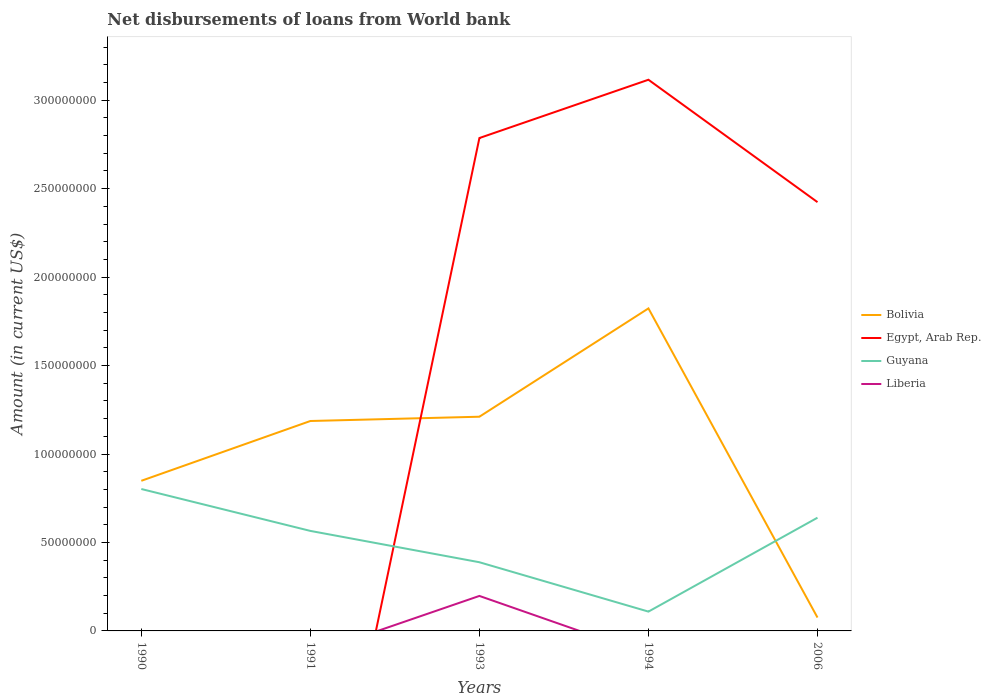
| Years | Bolivia | Egypt, Arab Rep. | Guyana | Liberia |
 | --- | --- | --- | --- | --- |
 | 1990 | 8.49e+07 | -9.08e+06 | 8.02e+07 | -1.2e+06 |
 | 1991 | 1.19e+08 | -1.76e+08 | 5.65e+07 | -1.31e+07 |
 | 1993 | 1.21e+08 | 2.79e+08 | 3.88e+07 | 1.98e+07 |
 | 1994 | 1.82e+08 | 3.12e+08 | 1.09e+07 | -1.36e+07 |
 | 2006 | 7.56e+06 | 2.42e+08 | 6.4e+07 | -1.6e+04 |